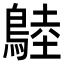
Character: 𪂚